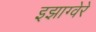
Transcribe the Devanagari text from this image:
इझाग्वेरे